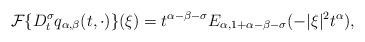
LaTeX: \begin{align*} \mathcal{F}\{D_t^\sigma q_{\alpha,\beta}(t,\cdot)\}(\xi)=t^{\alpha-\beta-\sigma}E_{\alpha,1+\alpha-\beta-\sigma}(-|\xi|^{2}t^{\alpha}),\end{align*}